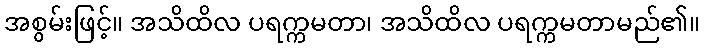
အစွမ်းဖြင့်။ အသိထိလ ပရက္ကမတာ၊ အသိထိလ ပရက္ကမတာမည်၏။